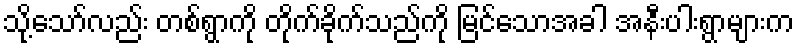
သို့သော်လည်း တစ်ရွာကို တိုက်ခိုက်သည်ကို မြင်သောအခါ အနီးပါးရွာများက